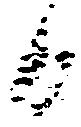
日